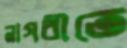
নাগরীতে